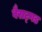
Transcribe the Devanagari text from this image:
वैराट्गड